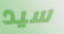
سيد